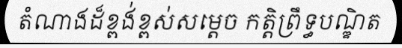
តំណាងដ៏ខ្ពង់ខ្ពស់សម្តេច កត្តិព្រឹទ្ធបណ្ឌិត